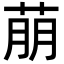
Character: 萠